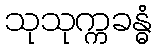
သုသုက္ကခန္ဓံ